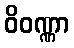
ဝိဝဏ္ဏာ